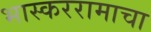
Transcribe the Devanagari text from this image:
भास्कररामाचा